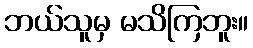
ဘယ်သူမှ မသိကြဘူး။